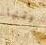
برفقتها